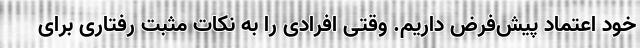
خود اعتماد پیش‌فرض داریم. وقتی افرادی را به نکات مثبت رفتاری برای